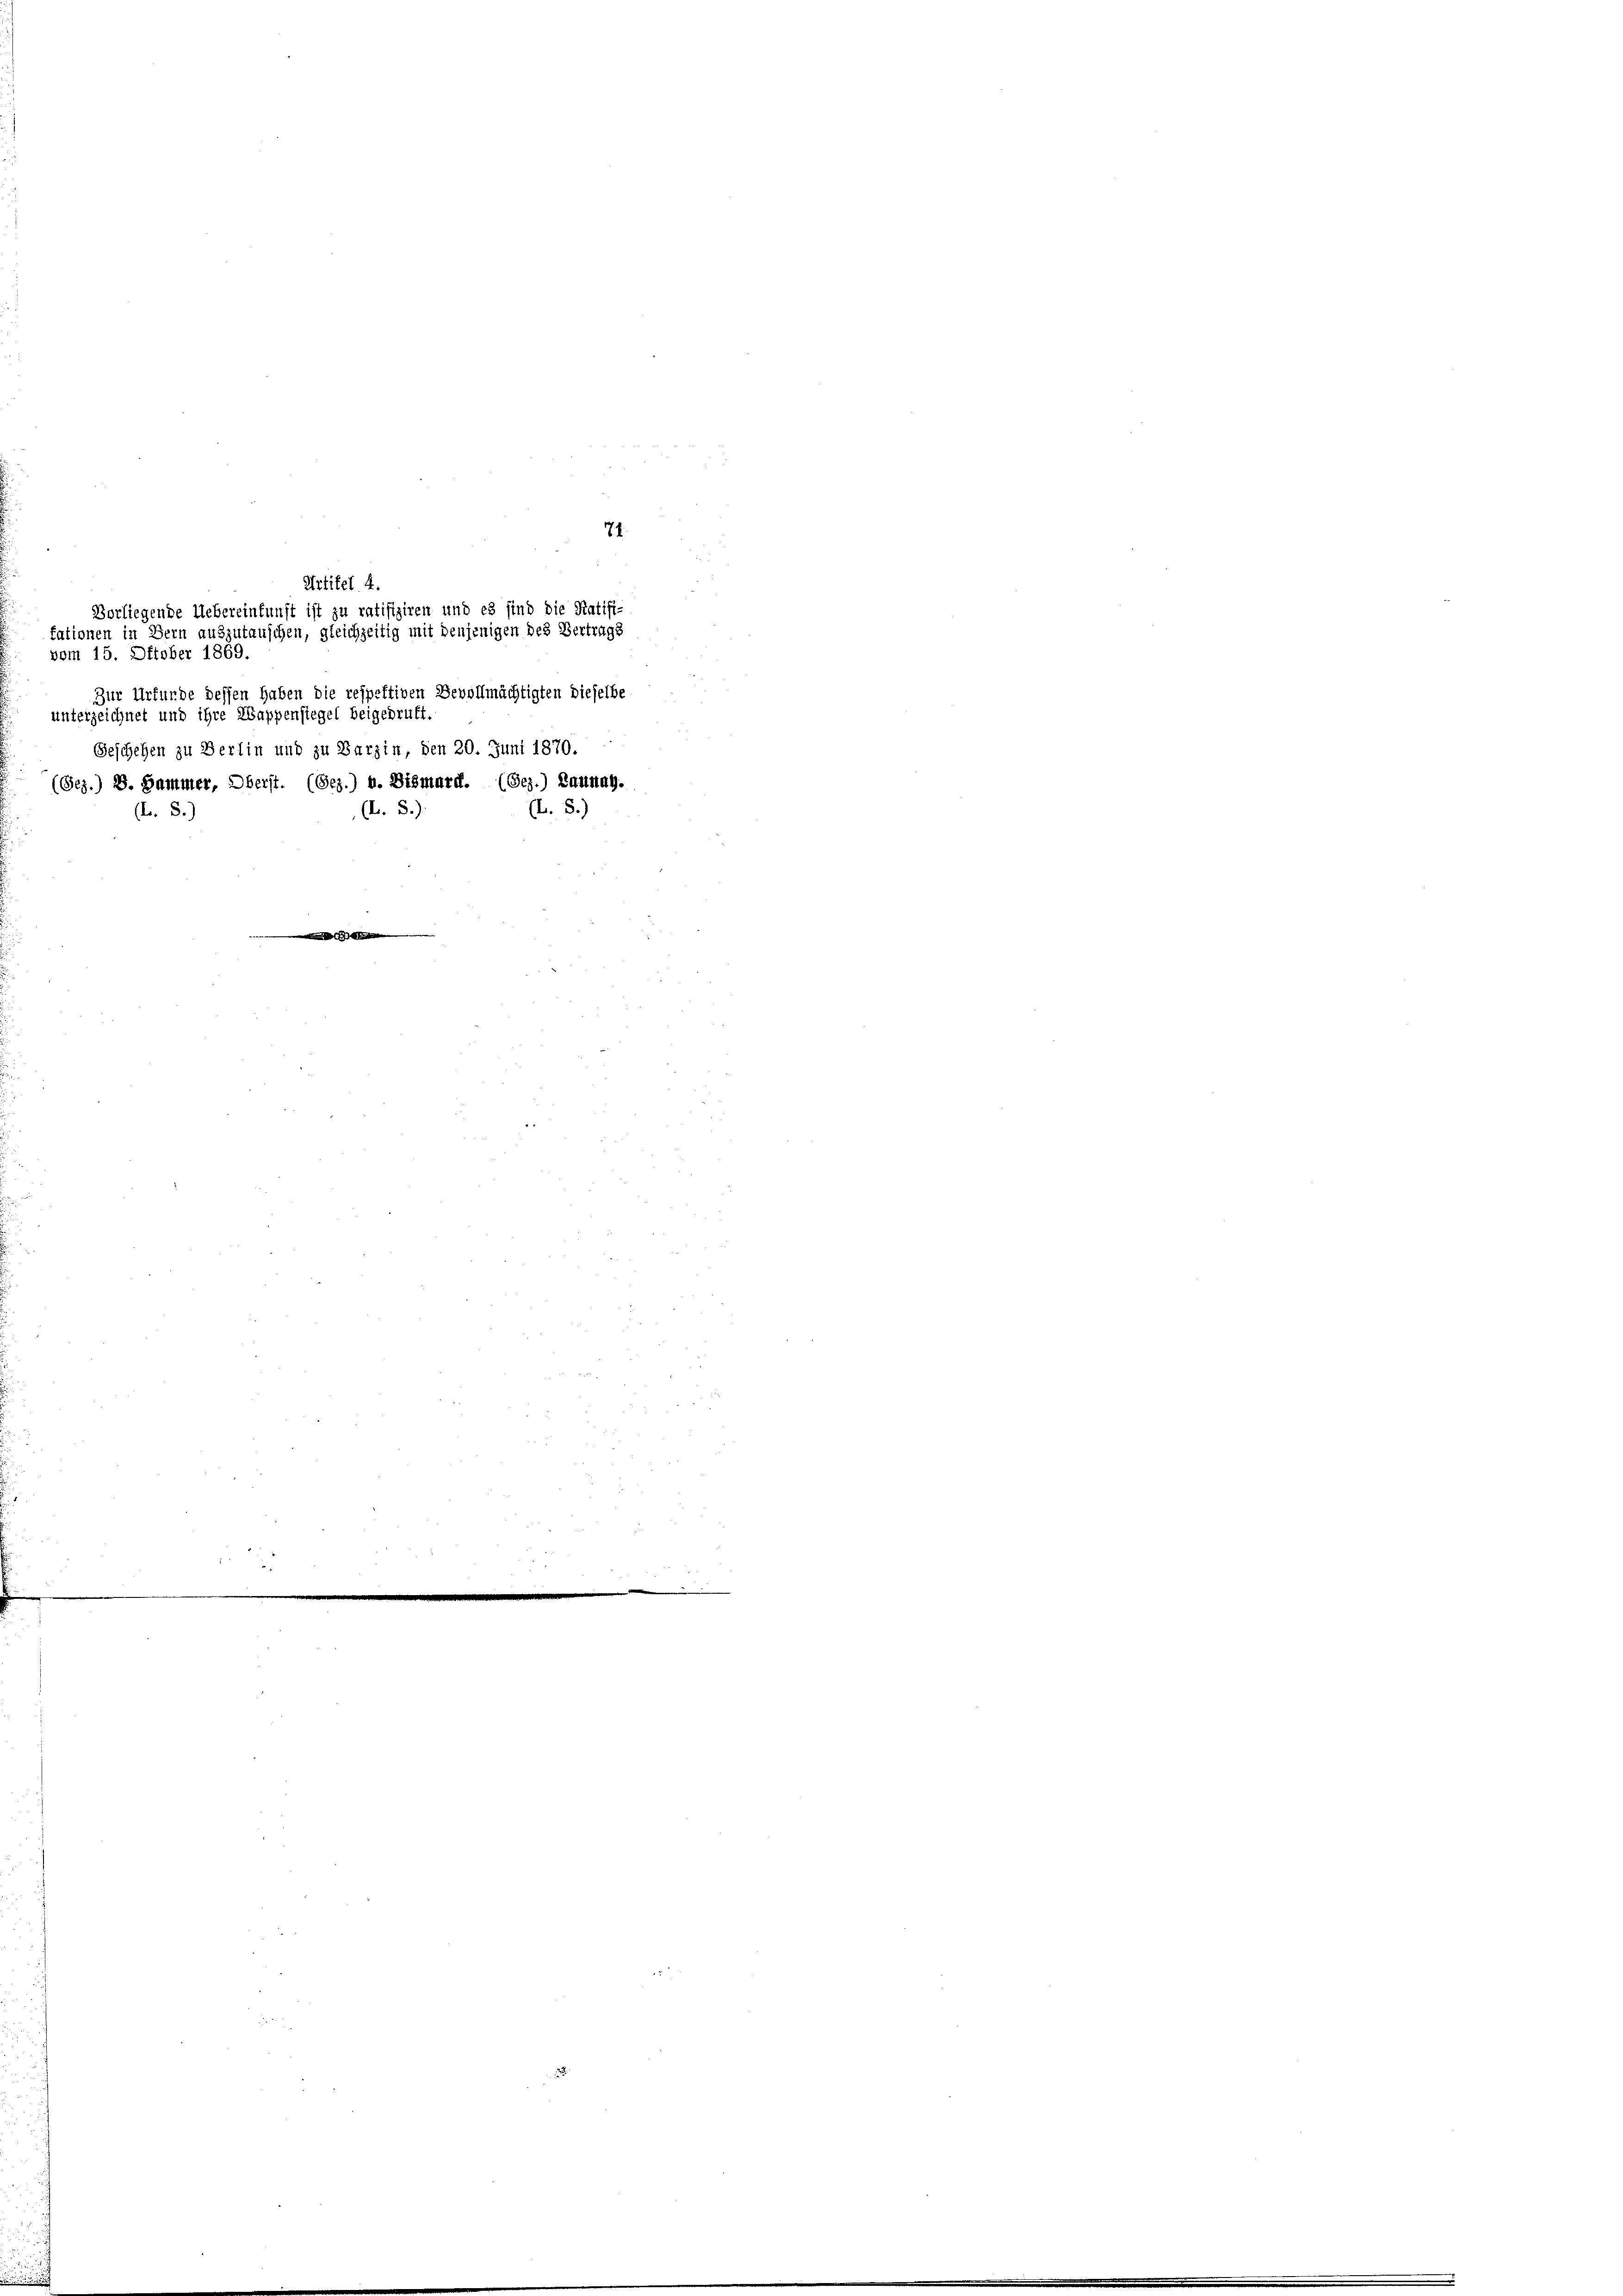
vom 15. Oktober 1869.
Zur Urfunde dessen haben die respektiven Bevollmächtigten dieselbe
unterzeichnet und ihre Wappensiegel beigebruft.
Geschehen zu Berlin und zu Barzin, den 20. Juni 1870.
(Bez.) S. Sammer, Oberst. (Bez.) u. Bismard. (Bez.) Lannay.
(L. 5.)
(A. S.)
(L. S.)

Artikel 4.
Vorliegende Uebereinkunft ist zu ratifiziren und es sind die Ratifi-
tationen in Bern auszutauschen, gleichzeitig mit denjenigen des Vertrags

74.

n